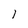
Character: 1